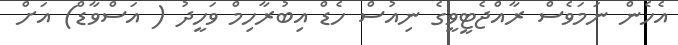
އެހެން ނަމަވެސް ރާއްޖެޓީވީގެ ނިއުސް ހެޑް އިބުރާހިމް ވަހީދު ( އަސްވާޑް) އަށް